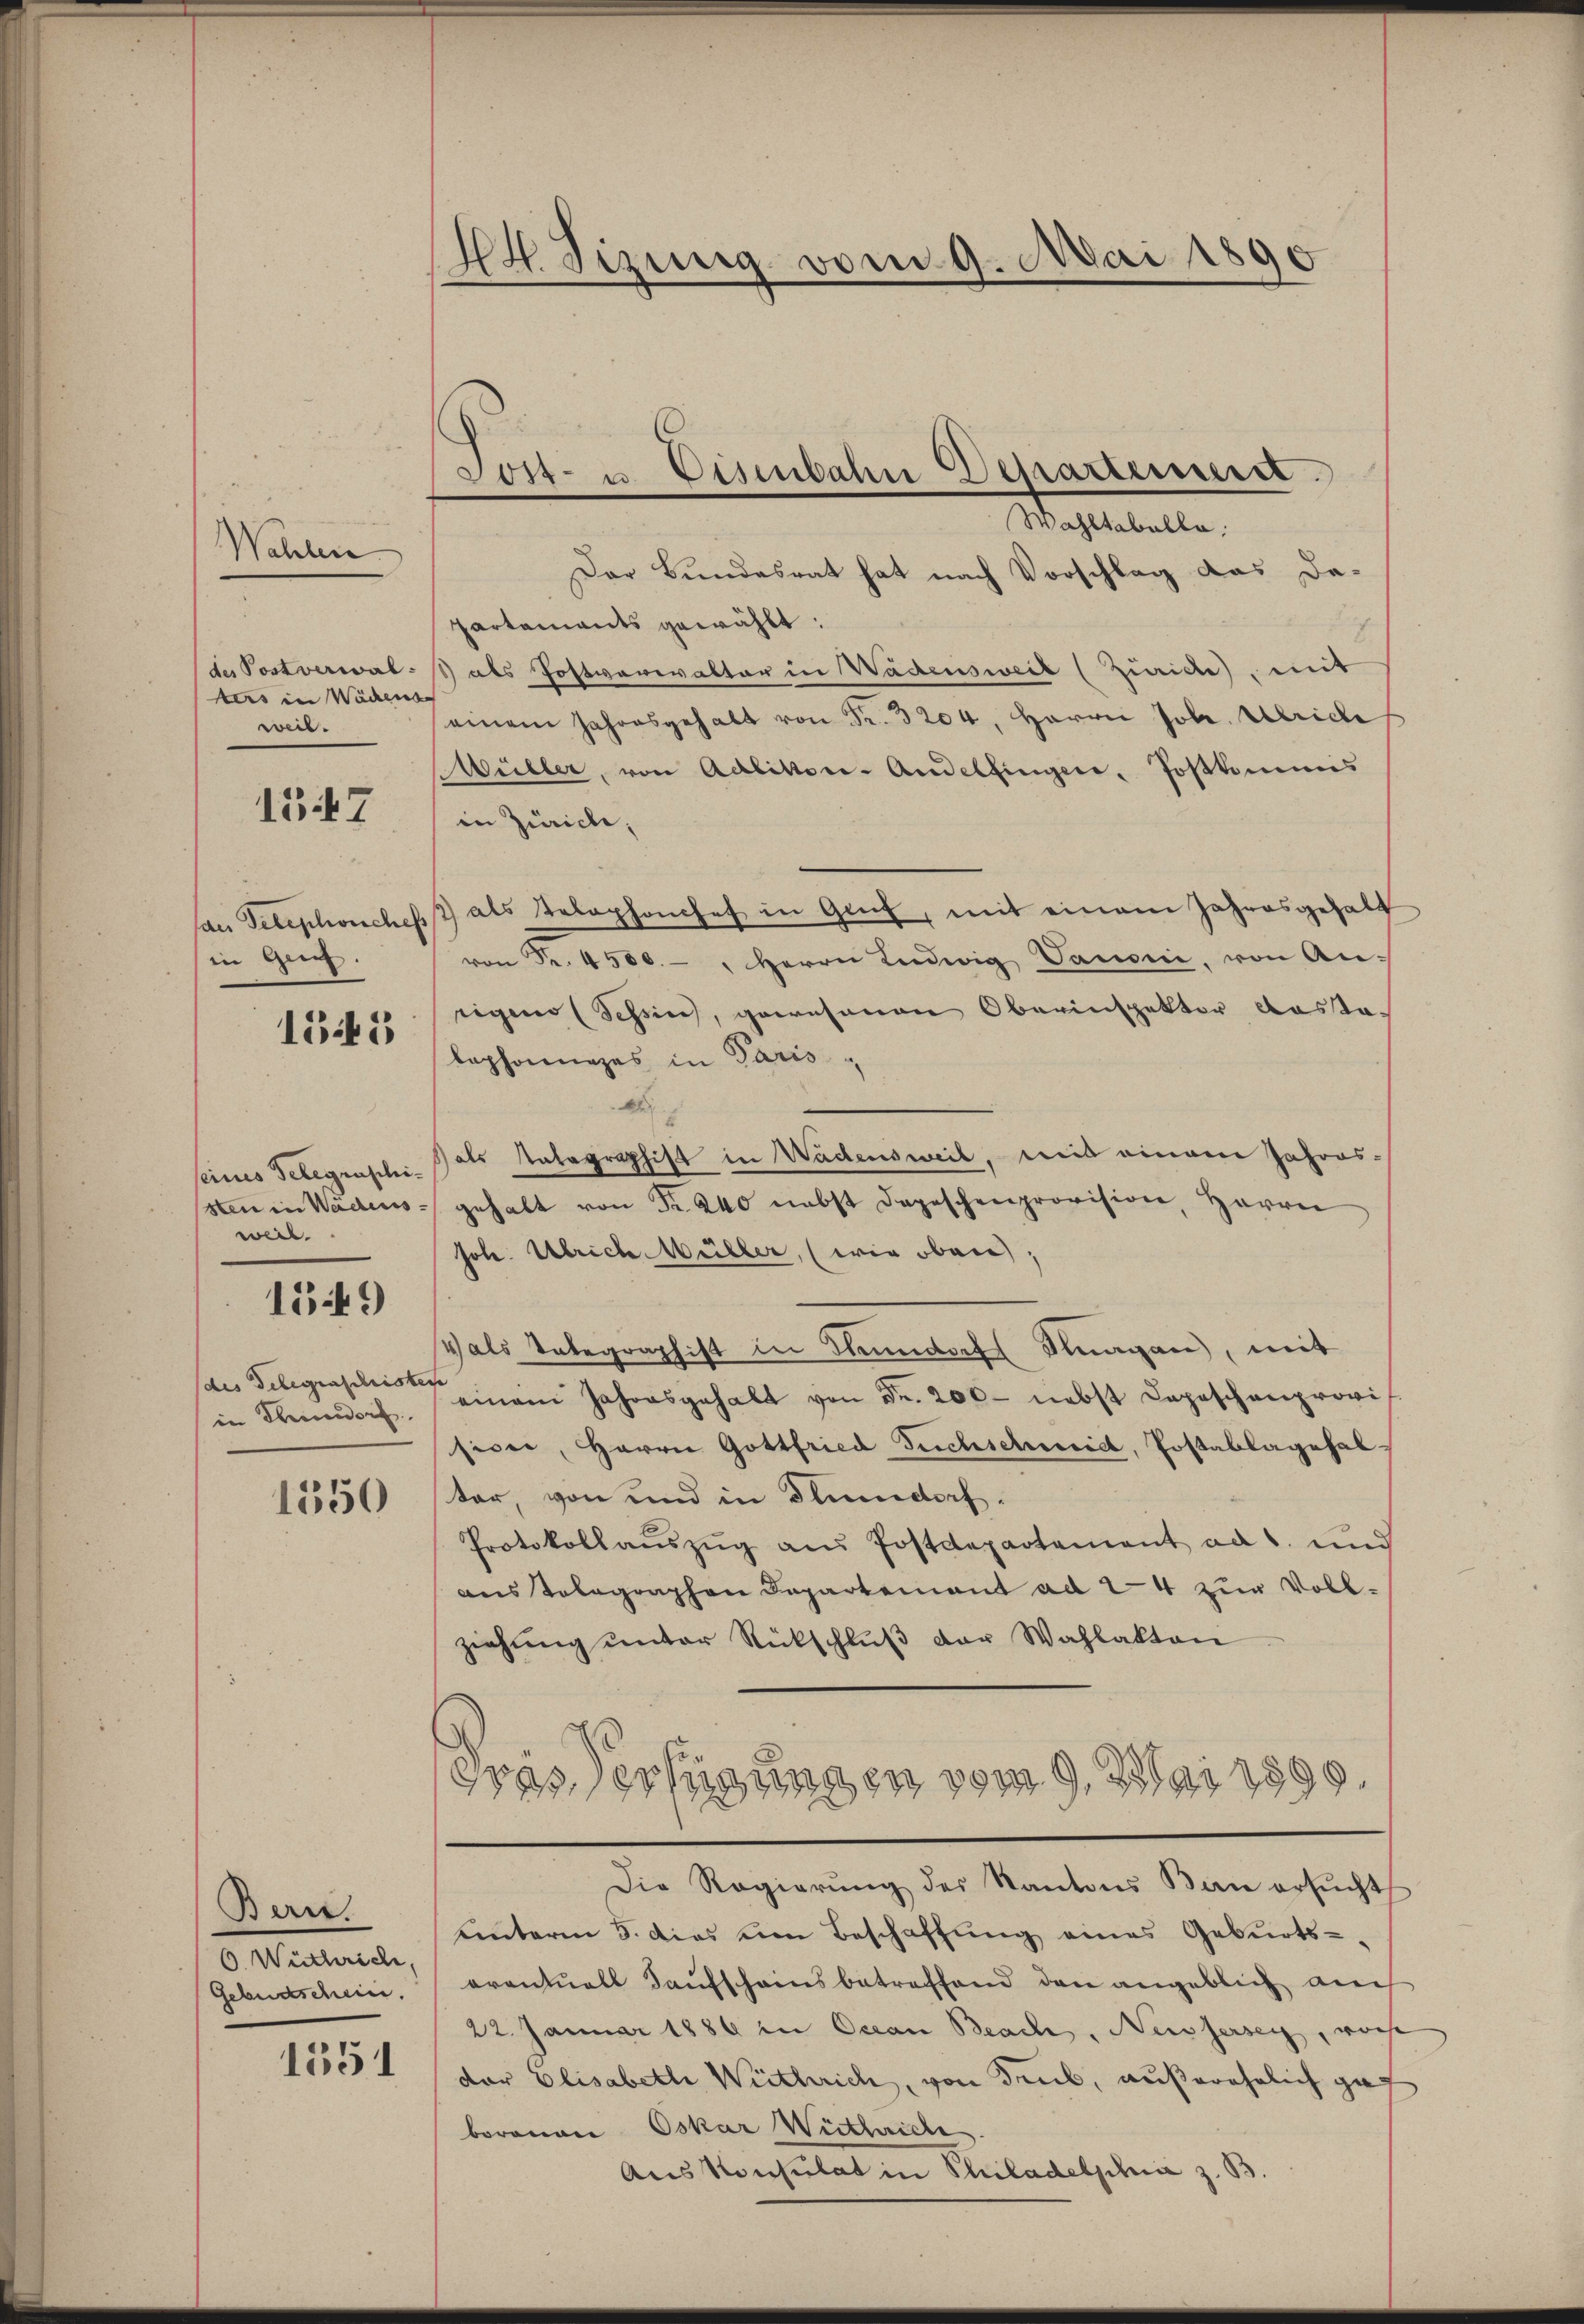
Wahlen

des Postverwalters in Wädens
weil.

1347

des Telephonsches
in Greif.

155

eines Telegraphisten in Wädenswiel.

1549

des Gelegenschristo
in Thundorf.

1550

Ban.
6 Wüthrich,
Gebendschein.

1551

44 sizung vom 9. Mai 1890

Post- u. Eisenbahn Departemen

Wahltabelle.
Der Bundesrat hat nach Vorschlag das Dapartaments gewählt:
 als Postverwalter in Wädensweil (Zirice, mit
einem Jahresgehalt von Fr. 3204, Herrn Joh. Ulricle
Müller, von Adlikon-Andelfinger, Postkommis
in Zürich,
 als Telephonchef in Genf, mit einem Jahresgehalt
von Fr. 4500.- " Herrn Ludwig Vanoni, von Aneigen (Schin, gewesenen Oberinspektor Anstalephonanzes in Paris,
a
als Integraphist in Wadensweil, weil einen Jahresgehalt von Fr. 240 nebst Depeschenprovision, Herrn
Joh. Ulrich Müller, (wie oben,
v als Unbegraphist in Mundorf Sagen, mit
einem Jahresgehalt von Fr. 206- nebst Depeschenprovis
sicer, Herrn Gottfried Fuchschmidl, Postablagefal-
ter, von und in Plundorf.
Protokollaŭszŭg aŭs Postdepartement ad 1. und
aus Telegraphen Departement ad 24 zur Vollziehŭng ŭnter Rückschlŭβ der Wahlakten
dres Verfügungen vom 9. Mai 1890.
Die Regierŭng des Kantons Bau ersŭcht
unterm 5. dies um Beschaffung eines Geburts-
oventuell Kaufscheinsbetreffend den angeblich auch
22. Januar 1886 in Ocean Beach, Neussersey, woche
der Elisabeth Weitherich, von dens, außerehelich gef
borenen Oskar Wirtheide
Aus Konsulat in Philadelphi z. B.